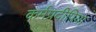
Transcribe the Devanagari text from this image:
कर्मप्रदीपिया